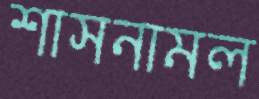
শাসনামল